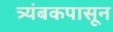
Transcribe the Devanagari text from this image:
त्र्यंबकपासून